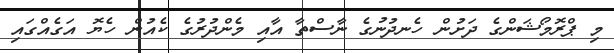
މި ޕްރޮމޯޝަންގެ ދަށުން ހެނދުނުގެ ނާސްތާ އާއި މެންދުރުގެ ކެއުން ހެޔޮ އަގެއްގައި